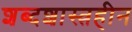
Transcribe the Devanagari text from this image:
शब्दशास्त्रहीन